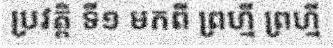
ប្រវត្តិ ទី១ មកពី ព្រហ្មី ព្រហ្មី